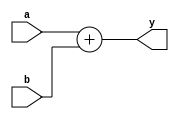
`timescale 1ns / 1ps

//Parameterized 2-input adder
module adder #(parameter WIDTH = 8)(
	input	[WIDTH-1:0]	a, b,
	output	[WIDTH-1:0]	y );

	assign y = a + b;
endmodule

//Parameterized 2-input subtractor
module subtractor #(parameter WIDTH = 8)(
    input  [WIDTH-1:0] a, b,
    output [WIDTH-1:0] y );
    
    assign y = a - b;
endmodule

//25-bit multiplier to follow reference code
module multiplier(
    input [24:0] a, b,
    output [47:0] p);// ds change
    
    assign p = a * b;
    
endmodule

// Parameterized 2-to-1 MUX
module mux2 #(parameter WIDTH = 8) (
	input	[WIDTH-1:0]	d0, d1, 
	input				s, 
	output	[WIDTH-1:0]	y );

	assign y = s ? d1 : d0; 
endmodule

// Simple Parameterized Register for use with flags
module dreg #(parameter WIDTH = 1) (
    input       clk,
    input      [WIDTH-1:0] d,
    output reg [WIDTH-1:0] q);

    always @(posedge clk)
        q <= d;
endmodule

//Special Register to just quickly set UF/OF to 0 or 1 depending on two flags
module dreg_of_uf #(parameter WIDTH = 1) (
    input clk,
    input en,
    input rst,
    input [WIDTH-1:0] d,
    output reg [WIDTH-1:0] q);

    always @(posedge clk, posedge rst)
    begin
        if(rst) q <= 0;
        else if(en) q <= 1;
    end
endmodule

// Parameterized Register with enable
module dreg_en #(parameter WIDTH = 8) (
	input					clk,
	input					en,
	input                   reset, //added a reset to the module and all instantiations JCAJ
	input		[WIDTH-1:0]	d, 
	output reg	[WIDTH-1:0]	q);

	always @(posedge reset, posedge clk)
	    begin
		  if (reset)      q <= 0;
		  else if (en)    q <= d;
		end
endmodule

// Register with rst //ds change
module Dreg_rst #(parameter WIDTH = 1) (clk,rst,d,q);
	input wire clk;
	input wire rst;
	input wire [WIDTH-1:0] d;
	output reg [WIDTH-1:0] q;

	always @(posedge clk or posedge rst)
	begin
		if(rst) begin
		   q <= 0;
		end else begin
		   q <= d;
		end
	end
endmodule

//Parameterized Register with enable, reset, and set functions
module dreg_full #(parameter WIDTH = 8) (
    input clk,
    input en,
    input rst,
    input set,
    input [WIDTH-1:0] d,
    output reg [WIDTH-1:0] q);
    
    always @(posedge clk, posedge rst)
        begin
            if(rst)       q <= 0;
            else if(set)  q <= {WIDTH{1'b1}}; //set all 1's at variable width with replication operator
            else if (en)  q <= d;
        end

endmodule

//one-bit left shifter used for state 5
module sl_one #(parameter WIDTH=32) (
    input [WIDTH-1:0] a, 
    input             b,
    output [WIDTH-1:0] y);
    
    assign y = {a[WIDTH-2:0], b}; //for 32-bit number, would make y = {a[30:0], b}

endmodule


module fpmul_dp(
    input wire Done, // ds change
    input wire clk,
    input wire rst,
    input wire [31:0] A,
    input wire [31:0] B,
    
    //control signals
    input wire SA_LD,
    input wire EA_LD,
    input wire MA_LD,
    input wire SB_LD,
    input wire EB_LD,
    input wire MB_LD,
    input wire SP_LD,
    input wire EP_RST,
    input wire EP_SET,
    input wire [1:0] EP_SEL,
    input wire EP_LD,
    input wire MPH_RST,
    input wire MPH_SET,
    input wire [2:0] MPH_SEL, // ds change
    input wire MPH_LD,
    input wire MPL_SEL,
    input wire MPL_LD,
    input wire UF_RST,
    input wire UF_LD,
    input wire OF_RST,
    input wire OF_LD,
    input wire P_RST,
    input wire P_LD,
    
    //status signals to CU
    output wire Op_NaN,
    output wire Op_Inf,
    output wire Op_Zero, //map top three signals to Nan, Inf, and Zero of ctrl unit
    output wire MPH23,
    output wire Round,
    output wire Carry,
    output wire UFlow,
    output wire OFlow,
    output wire Dnf,
    
    //data outputs
    output wire [31:0] P,
    output wire P_UF,
    output wire P_OF,
    output wire P_NANF,
    output wire P_INFF,
    output wire P_DNF,
    output wire P_ZF
    );
    
    //bit width of sign component
    localparam sign_width = 1;
    
    //bit width of exponent component
    localparam exponent_width = 8;
    localparam exponent_width2 = exponent_width + 2; //10
    
    //bit width of mantissa component
    localparam mantissa_width = 23;
    localparam mantissa_width2 = mantissa_width + 1; //24
    
    //constant signals used for calc
    wire [exponent_width2-1:0] exp_bias; //used for ep = ep -127
    
    //internal signals
    wire sa;
    wire [9:0] ea;
    wire [23:0] ma;
    
    wire sb;
    wire [9:0] eb;
    wire [23:0] mb;
    
    wire sp;
    wire [7:0] ep;
    wire [23:0] mp;
    
    assign exp_bias = 127;
    
    //unpack the input signals 
    assign sa = A[31];
    assign ea = {2'b00, A[30:23]};
    assign ma = {1'b1, A[22:0]};
    
    assign sb = B[31];
    assign eb = {2'b00, B[30:23]};
    assign mb = {1'b1, B[22:0]};
    
    //constants
    wire [exponent_width2-1:0] EP_ONE_CONSTANT; 
    assign EP_ONE_CONSTANT = 1'b1;
	
    wire [mantissa_width2-1:0] MPH_ONE_CONSTANT; 
    assign MPH_ONE_CONSTANT = 1'b1;
    wire [mantissa_width2-1:0] MPH_CONSTANT = 24'h800000; //TODO: see if this is right 
    
    //internal signals
    wire SA, SB, SP_D, SP; 
    wire [9:0] EA, EB, EP, 
               EP_D1, EP_D2, EP_D3, //store all intermediates after arithmetic units
               EP_Y1, EP_Y2; //store all intermediates after multiplexers
    wire [23:0] MA, MB, 
                MPH_D1, MPH_D2, MPH_D3, //store all intermediates after arithmetic units
                MPH_Y1, MPH_Y2, MPH_Y3, //store all intermediates after multiplexers
                MPL_D1, MPL_D2, // after arithmetic units
                MPL_Y1,
                MPH, MPL;
    wire P_SIGN;
    wire [7:0] P_EXP;
    wire [22:0] P_MANT;
    
    // ds change
    wire INT_UF;
    wire INT_OF;
    wire INT_NANF;
    wire INT_INFF;
    wire INT_DNF;
    wire INT_ZF;
    
    // ds change
    wire [47:0] MP;
    //internal/intermediate signals for flag generation
    wire EA_ZF_C, EA_ZF, EA_HF_C, EA_HF, 
         MA_ZF_C, MA_ZF, MA_HF_C, MA_HF,
         EB_ZF_C, EB_ZF, EB_HF_C, EB_HF,
         MB_ZF_C, MB_ZF, MB_HF_C, MB_HF,
         EP_ZF, EP_HF, MPH_ZF, MPH_HF; //used for product overflow calculation
         
    wire A_NANF, A_INFF, A_NF, A_DNF, A_ZF,
         B_NANF, B_INFF, B_NF, B_DNF, B_ZF;
         
     wire Op_NaN_C, Op_Inf_C, Op_Zero_C,
          NaN_C, Inf_C, Zero_C, Dnf_C;
     
     wire R, S;
    
    //A signed bit register
    dreg_en #(sign_width) sa_reg (
    .clk(clk),
    .en(SA_LD),
    .reset(rst),
    .d(sa),
    .q(SA));
    
    //B signed bit register
    dreg_en #(sign_width) sb_reg (
    .clk(clk),
    .en(SB_LD),
    .reset(rst),
    .d(sb),
    .q(SB));
    
    //A exponent register
    dreg_en #(exponent_width2) ea_reg (
    .clk(clk),
    .en(EA_LD),
    .reset(rst),
    .d(ea),
    .q(EA));
    
    //B exponent register
    dreg_en #(exponent_width2) eb_reg (
    .clk(clk),
    .en(EB_LD),
    .reset(rst),
    .d(eb),
    .q(EB));
    
    //A mantissa register
    dreg_en #(mantissa_width2) ma_reg (
    .clk(clk),
    .en(MA_LD),
    .reset(rst),
    .d(ma),
    .q(MA));
    
    //B mantissa register
    dreg_en #(mantissa_width2) mb_reg (
    .clk(clk),
    .en(MB_LD),
    .reset(rst),
    .d(mb),
    .q(MB));
  
    
    /* RTL logic fo exponent calculation */
    //adder for ea + eb op
    adder #(exponent_width2) ep_add1(
    .a(EA),
    .b(EB),
    .y(EP_D1));
    
    //subtractor for ep - 127
    subtractor #(exponent_width2) ep_sub1(
    .a(EP),
    .b(exp_bias),
    .y(EP_D2));
    
    //adder for ep + 1 
    adder #(exponent_width2) ep_add2 (
    .a(EP),
    .b(EP_ONE_CONSTANT),
    .y(EP_D3));
    
   //this mux looks at EP_SEL[1] 
    mux2 #(exponent_width2) ep_mux1 (
    .d0(EP_D1), // EA + EB
    .d1(EP_D2), // EP - 127
    .s(EP_SEL[1]),
    .y(EP_Y1));
    
    //this mux looks at EP_SEL[0]
    mux2 #(exponent_width2) ep_mux2 (
    .d0(EP_Y1), //EA + EB
    .d1(EP_D3), // EP + 1
    .s(EP_SEL[0]),
    .y(EP_Y2));
    
    dreg_full #(exponent_width2) ep_reg (
    .clk(clk),
    .en(EP_LD),
    .rst(EP_RST),
    .set(EP_SET),
    .d(EP_Y2), //output of EP_SEL[0] mux
    .q(EP));
    
    /*  mantissa combinational units go here */
    //reference code uses library mux that takes in a clock, have to see if this works
    multiplier mult (
    .a({1'b0, MA}),
    .b({1'b0, MB}),
    .p(MP));
    
    assign MPL_D1 = MP[23:0];
    
    //shifter for mpl = {mpl[22:0], 0}
    sl_one #(mantissa_width2) mpl_shift (
    .a(MPL),
    .b(1'b0),
    .y(MPL_D2));
    
    //multiplexer that looks at MPL_SEL into MPL register
    mux2 #(mantissa_width2) mpl_mux (
    .d0(MPL_D1),
    .d1(MPL_D2),
    .s(MPL_SEL),
    .y(MPL_Y1));
    
    //MPL register
    dreg_en #(mantissa_width2) mpl_reg (
    .clk(clk),
    .en(MPL_LD),
    .reset(rst),
    .d(MPL_Y1),
    .q(MPL));
    
    //mph stuff below
    assign MPH_D1 = MP[47:24];
    
    //adder for MPH + 1
    adder #(mantissa_width2) mph_add (
    .a(MPH),
    .b(MPH_ONE_CONSTANT),
    .y(MPH_D2));
    
    //shifter for MPH = {MPH[22:0], MPL[23]}
    sl_one #(mantissa_width2) mph_shift (
    .a(MPH),
    .b(MPL[23]),
    .y(MPH_D3));    
    
    //mph mux that looks at mph_sel[2]; chooses between MP[47:24] and 0x800000
    mux2 #(mantissa_width2) mph_mux1 (
    .d0(MPH_D1),
    .d1(MPH_CONSTANT),
    .s(MPH_SEL[2]),
    .y(MPH_Y1));
    
    //mph mux that looks at mph_sel[1]; chooses between mph_mux1 output and mph + 1
    mux2 #(mantissa_width2) mph_mux2 (
    .d0(MPH_Y1),
    .d1(MPH_D2),
    .s(MPH_SEL[1]),
    .y(MPH_Y2));
    
    //mph mux that looks at mph_sel[0]; chooses between mph_mux2 output and {mph[22:0], mpl[23]}
    mux2 #(mantissa_width2) mph_mux3 (
    .d0(MPH_Y2),
    .d1(MPH_D3),
    .s(MPH_SEL[0]),
    .y(MPH_Y3));   
    
    //mph register stores the output of mph_mux3
    dreg_full #(mantissa_width2) mph_reg (
    .clk(clk),
    .en(MPH_LD),
    .rst(MPH_RST),
    .set(MPH_SET),
    .d(MPH_Y3),
    .q(MPH));
    
    assign MPH23 = MPH[23];
    
    /* flag logic goes here */
    
    //EA Zero Flag
    assign EA_ZF_C = ~|EA[7:0];
    
    dreg #(1) ea_zf_reg (
    .clk(clk),
    .d(EA_ZF_C),
    .q(EA_ZF));
    
    //EA High Flag
    assign EA_HF_C = &EA[7:0];
    
    dreg #(1) ea_hf_reg (
    .clk(clk),
    .d(EA_HF_C),
    .q(EA_HF));
    
    //MA Zero Flag
    assign MA_ZF_C = ~|MA[22:0];
    
    dreg #(1) ma_zf_reg (
    .clk(clk),
    .d(MA_ZF_C),
    .q(MA_ZF));
    
    //MA High Flag
    assign MA_HF_C = &MA[22:0];
    
    dreg #(1) ma_hf_reg (
    .clk(clk),
    .d(MA_HF_C),
    .q(MA_HF));
    
    //EB Zero Flag
    assign EB_ZF_C = ~|EB[7:0];
    
    dreg #(1) eb_zf_reg (
    .clk(clk),
    .d(EB_ZF_C),
    .q(EB_ZF));
    
    //EB High Flag
    assign EB_HF_C = &EB[7:0];
    
    dreg #(1) eb_hf_reg (
    .clk(clk),
    .d(EB_HF_C),
    .q(EB_HF));
    
    //MB Zero Flag
    assign MB_ZF_C = ~|MB[22:0];
    
    dreg #(1) mb_zf_reg (
    .clk(clk),
    .d(MB_ZF_C),
    .q(MB_ZF));
    
    //MB High Flag
    assign MB_HF_C = &MB[22:0];
    
    dreg #(1) mb_hf_reg (
    .clk(clk),
    .d(MB_HF_C),
    .q(MB_HF));
    
    //Product High and Zero Flags
    assign EP_HF = &EP[7:0];
    assign EP_ZF = ~|EP[7:0];
    assign MPH_HF = &MPH[22:0];
    assign MPH_ZF = ~|MPH[22:0];
    
    assign Carry = MPH_HF;
     
    //now that operand high and zero flags set, start setting flags and save in regs
    //Not a Number Flags
    assign A_NANF = EA_HF & ~MA_ZF;
    assign B_NANF = EB_HF & ~MB_ZF;
    
    //Infinity Flags
    assign A_INFF = EA_HF & MA_ZF;
    assign B_INFF = EB_HF & MB_ZF;
    
    //Normal Flags
    assign A_NF = ~EA_HF & EA_ZF;
    assign B_NF = ~EB_HF & EB_ZF;
    
    //Denormal Flags
    assign A_DNF = EA_ZF & ~MA_ZF;
    assign B_DNF = EB_ZF & ~MB_ZF;
    assign Dnf = A_DNF | B_DNF;
    
    //Zero Flags
    assign A_ZF = EA_ZF & MA_ZF;
    assign B_ZF = EB_ZF & MB_ZF; //changed MA_ZF to MB_ZF JCAJ
    
    //set intermediate value before saving in register
    //Store Nan Flag
    assign Op_NaN_C = A_NANF | B_NANF | (A_INFF & B_ZF) | (A_ZF & B_INFF);
    
    dreg #(1) op_nan_reg (
    .clk(clk),
    .d(Op_NaN_C),
    .q(Op_NaN)); //output signal from dp into cu
    
    //Store Inf FLag
    assign Op_Inf_C = (A_INFF & ~(B_NANF | B_ZF)) |
                   (B_INFF & ~(A_NANF | A_ZF));
   
   dreg #(1) op_inf_reg (
   .clk(clk),
   .d(Op_Inf_C),
   .q(Op_Inf));
   
assign Op_Zero_C = (A_ZF & (~B_NANF | B_INFF)) |
                   (B_ZF & (~A_NANF | A_INFF)); //moved tildas to inside JCAJ
                   
   dreg #(1) op_zero_reg (
   .clk(clk),
   .d(Op_Zero_C),
   .q(Op_Zero));
   
   //Round Bit
   assign R = MPL[23];
   
   //Sticky Bit (Notice: Not storing Sticky bit in a register as in reference code
   //all calculations done in single state, not gated
   assign S = |MPL[22:0];
   
   //Round Flag
   assign Round = R & (MPH[0] | S);
   
   //Underflow Flag
   assign UFlow = EP[9];
   
   //Overflow Flag
   assign OFlow = (~EP[9] & EP[8]) | EP_HF; //changed where parentheses are JCAJ
   
   // ds change
   assign P_UF = INT_UF & Done;
   assign P_OF = INT_OF & Done;

   dreg_of_uf #(1) uf_reg (
   .clk(clk),
   .en(UF_LD),
   .rst(UF_RST),
   .d(UFlow),
   .q(INT_UF)); // ds change
   
   dreg_of_uf #(1) of_reg (
   .clk(clk),
   .en(OF_LD),
   .rst(OF_RST),
   .d(OFlow),
   .q(INT_OF));// ds change
  
  //Product business below
   assign SP_D = SA ^ SB;
  //Product signed bit register
  dreg_en #(sign_width) sp_reg (
  .clk(clk),
  .en(SP_LD),
  .reset(rst),
  .d(SP_D),
  .q(SP));
  
  assign P = {P_SIGN, P_EXP, P_MANT};
  //gate all the product fields behind registers tied to P_LD and P_RST
  dreg_full #(sign_width) p_sign_reg (
  .clk(clk),
  .en(P_LD),
  .rst(P_RST),
  .set(),
  .d(SP),
  .q(P_SIGN));
  
  dreg_full #(exponent_width) p_exp_reg (
  .clk(clk),
  .en(P_LD),
  .rst(P_RST),
  .set(),
  .d(EP[7:0]),
  .q(P_EXP));
  
  dreg_full #(mantissa_width) p_mant_reg (
  .clk(clk),
  .en(P_LD),
  .rst(P_RST),
  .set(),
  .d(MPH[22:0]),// ds change
  .q(P_MANT));
  
  //capture all the system level abnormal flags and output them through P_UF, P_OF etc
  assign NaN_C = EP_HF & ~MPH_ZF;
  assign Inf_C = EP_HF & MPH_ZF;
  assign Dnf_C = EP_ZF & ~MPH_ZF;
  assign Zero_C = EP_ZF & MPH_ZF;
  
  assign P_NANF = INT_NANF & Done; // ds change
  dreg #(1) nan_reg (
  .clk(clk),
  .d(NaN_C),
  .q(INT_NANF)); // ds change
  
  assign P_INFF = INT_INFF & Done; // ds change
  dreg #(1)  inf_reg (
  .clk(clk),
  .d(Inf_C),
  .q(INT_INFF));// ds change
  
  assign P_DNF = (INT_DNF | Dnf) & Done ; // ds change
  dreg #(1) dnf_reg (
  .clk(clk),
  .d(Dnf_C),
  .q(INT_DNF));// ds change
  
  assign P_ZF = INT_ZF & Done; // ds change
  dreg #(1) zero_reg (
  .clk(clk),
  .d(Zero_C),
  .q(INT_ZF));// ds change
  
endmodule